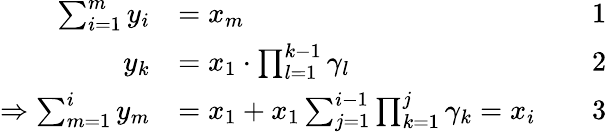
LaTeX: {\begin{array}{rlrl}{\sum_{i=1}^{m}y_{i}}&{=x_{m}}&&{1}\\ {y_{k}}&{=x_{1}\cdot\prod_{l=1}^{k-1}\gamma_{l}}&&{2}\\ {\Rightarrow\sum_{m=1}^{i}y_{m}}&{=x_{1}+x_{1}\sum_{j=1}^{i-1}\prod_{k=1}^{j}\gamma_{k}=x_{i}}&&{3}\end{array}}